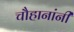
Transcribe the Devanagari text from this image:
चाैहानांनी